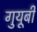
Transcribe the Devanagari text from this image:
गुयूबी